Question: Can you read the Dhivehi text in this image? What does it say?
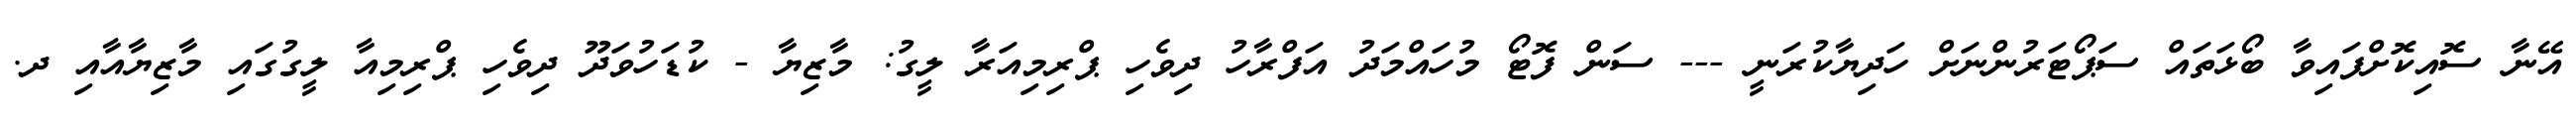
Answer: އޭނާ ސޮއިކޮށްފައިވާ ބޯޅަތައް ސަޕޯޓަރުންނަށް ހަދިޔާކުރަނީ --- ސަން ފޮޓޯ މުހައްމަދު އަފްރާހު ދިވެހި ޕްރިމިއަރާ ލީގު: މާޒިޔާ - ކުޑަހުވަދޫ ދިވެހި ޕްރިމިއާ ލީގުގައި މާޒިޔާއާއި ދ.